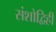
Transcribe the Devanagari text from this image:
संशोद्विहीं